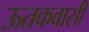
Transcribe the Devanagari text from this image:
ऊतकवासी